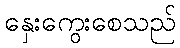
နှေးကွေးစေသည်